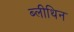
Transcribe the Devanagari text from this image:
ब्लीथिन